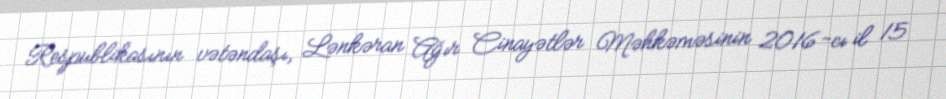
Respublikasının vətəndaşı, Lənkəran Ağır Cinayətlər Məhkəməsinin 2016-cı il 15